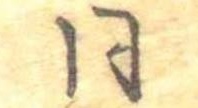
同